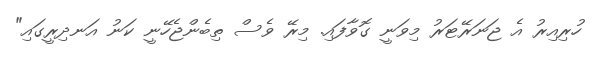
ހުރިއިރު އެ ޖަނަރޭޓަރު މިވަނީ ގޮވާފައި. މިރޭ ވެސް ތިބެންޖެހޭނީ ކަނު އަނދިރީގައި"